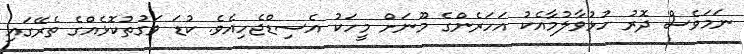
ނަމަވެސް ދޮރު ހުޅުވާލުމާއެކު އަހަރެންގެ މޫނަށް މީހަކު އެސިޑްޖެހިއެވެ. ކުޑަ ވަގުތުކޮޅެއްގެ ތެރޭގައި